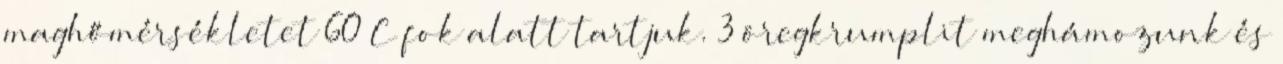
maghőmérsékletet 60°C fok alatt tartjuk. 3 öregkrumplit meghámozunk és